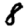
Digit: 8